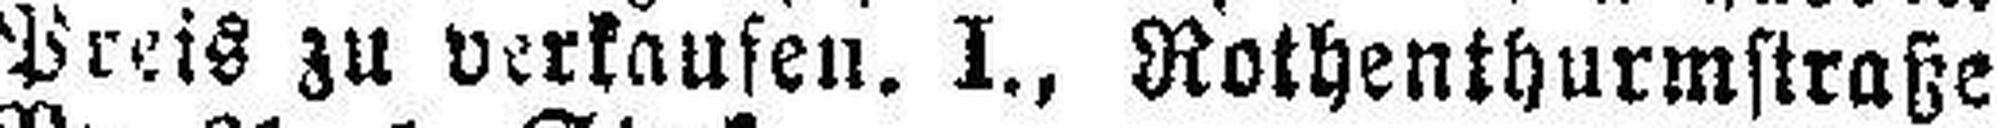
Preis zu verkaufen. I„ Rothenthurmstraße